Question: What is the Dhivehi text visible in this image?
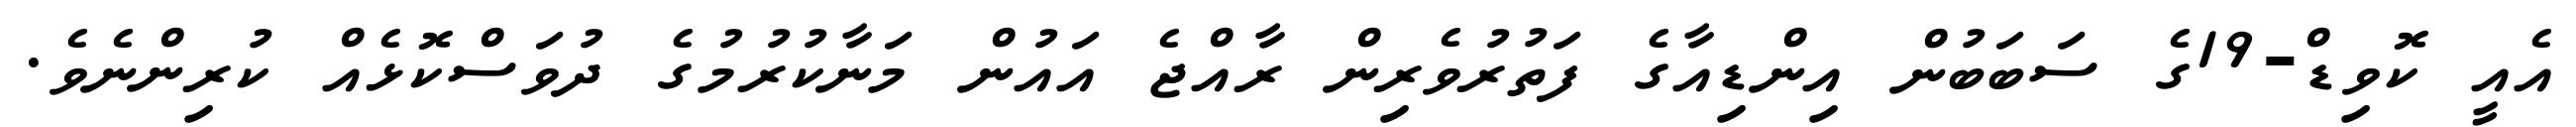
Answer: އެއީ ކޮވިޑް-19ގެ ސަބަބުން އިންޑިއާގެ ފަތުރުވެރިން ރާއްޖެ އައުން މަނާކުރުމުގެ ދުވަސްކޮޅެއް ކުރިންނެވެ.